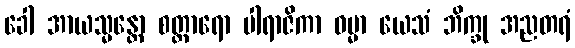
ခေါ အာယသ္မန္တော စတ္တာရော ပါရာဇိကာ ဓမ္မာ ယေသံ ဘိက္ခု အညတရံ